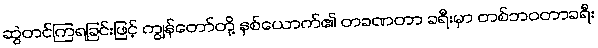
ဆွဲတင်ကြရခြင်းဖြင့် ကျွန်တော်တို့ နှစ်ယောက်၏ တခဏတာ ခရီးမှာ တစ်ဘဝတာခရီး